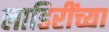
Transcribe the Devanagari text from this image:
लाहिरींच्या